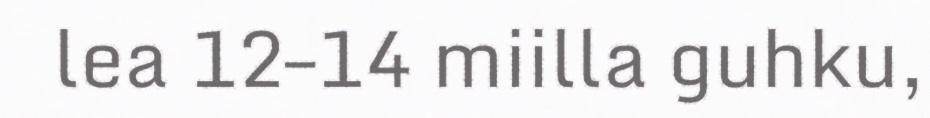
lea 12–14 miilla guhku,